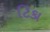
ટિકા